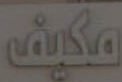
مكيف